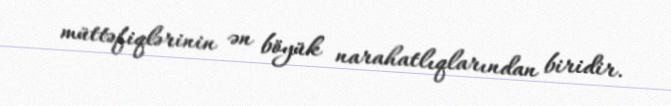
müttəfiqlərinin ən böyük narahatlıqlarından biridir.